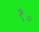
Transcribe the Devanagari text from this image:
१॰